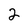
Character: 2